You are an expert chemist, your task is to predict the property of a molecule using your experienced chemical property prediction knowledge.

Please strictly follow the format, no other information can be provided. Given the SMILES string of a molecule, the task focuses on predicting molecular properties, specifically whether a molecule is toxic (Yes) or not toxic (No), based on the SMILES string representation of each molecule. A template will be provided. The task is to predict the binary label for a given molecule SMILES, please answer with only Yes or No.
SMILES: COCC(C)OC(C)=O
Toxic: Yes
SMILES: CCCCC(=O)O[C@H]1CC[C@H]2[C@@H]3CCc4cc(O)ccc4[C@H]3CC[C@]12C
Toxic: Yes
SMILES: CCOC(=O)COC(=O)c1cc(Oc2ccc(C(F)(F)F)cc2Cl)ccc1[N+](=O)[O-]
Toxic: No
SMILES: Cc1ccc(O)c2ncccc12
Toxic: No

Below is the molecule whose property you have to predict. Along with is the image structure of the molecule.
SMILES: NC[C@H]1O[C@H](O[C@@H]2[C@@H](N)C[C@@H](N)[C@H](O[C@H]3O[C@H](CO)[C@@H](O)[C@H](N)[C@H]3O)[C@H]2O)[C@H](N)C[C@@H]1O
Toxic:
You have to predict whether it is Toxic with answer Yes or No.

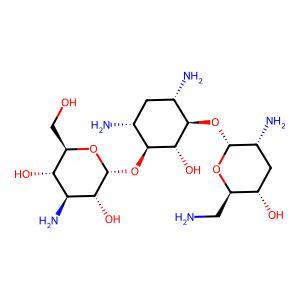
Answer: No